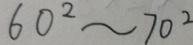
6 0 ^ { 2 } \sim 7 0 ^ { 2 }